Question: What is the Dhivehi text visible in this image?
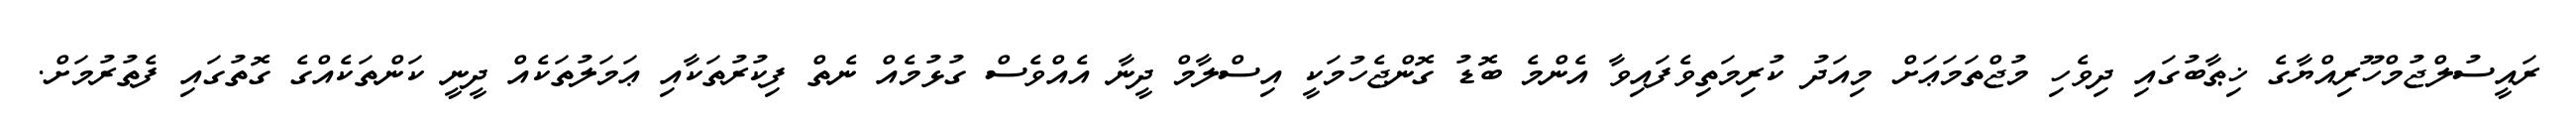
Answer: ރައީސުލްޖުމްހޫރިއްޔާގެ ޚިޠާބުގައި ދިވެހި މުޖްތަމަޢަށް މިއަދު ކުރިމަތިވެފައިވާ އެންމެ ބޮޑު ގޮންޖެހުމަކީ އިސްލާމް ދީނާ އެއްވެސް ގުޅުމެއް ނެތް ފިކުރުތަކާއި ޢަމަލުތަކެއް ދީނީ ކަންތަކެއްގެ ގޮތުގައި ފެތުރުމަށް.